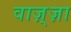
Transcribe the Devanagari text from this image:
वाज़्ज़ा